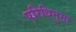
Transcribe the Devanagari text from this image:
परिधिनुमा